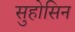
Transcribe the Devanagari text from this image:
सुहोसिन